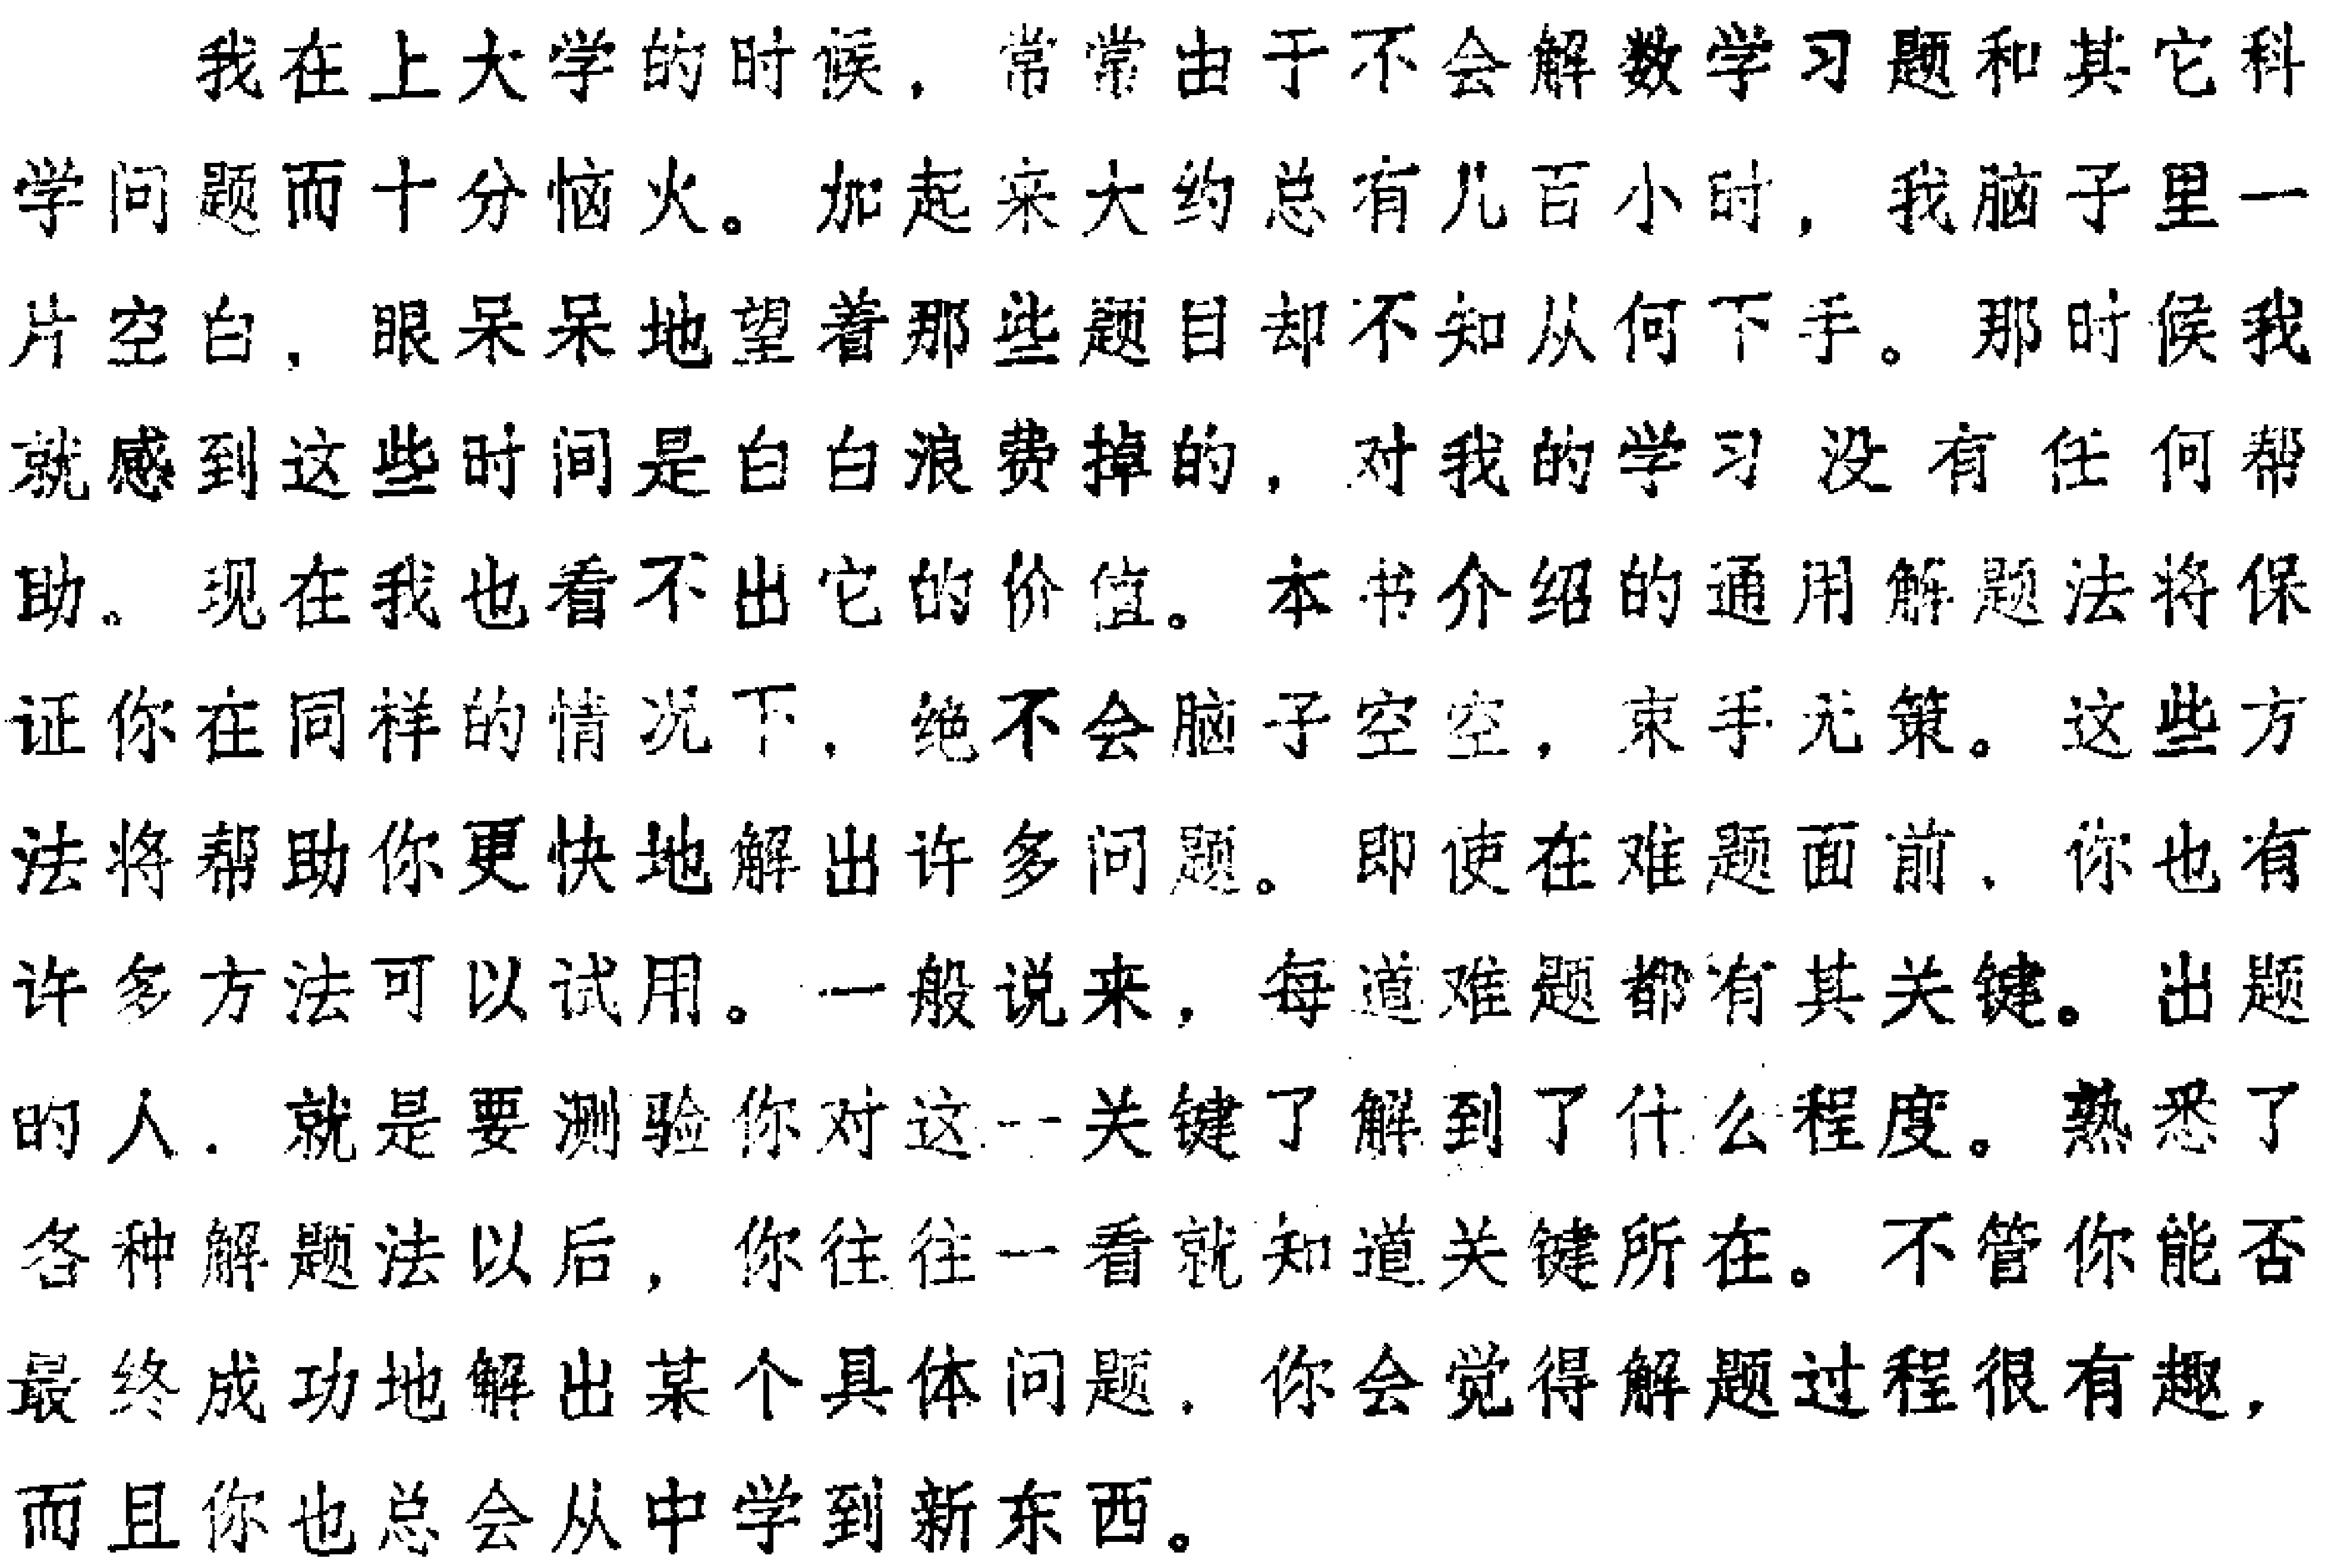
我在上大学的时候，常常由于不会解数学习题和其它科学问题而十分恼火。加起来大约总有几百小时，我脑子里一片空白，眼呆呆地望着那些题目却不知从何下手。那时候我就感到这些时间是白白浪费掉的，对我的学习没有任何帮助。现在我也看不出它的价值。本书介绍的通用解题法将保证你在同样的情况下，绝不会脑子空空，束手无策。这些方法将帮助你更快地解出许多问题。即使在难题面前，你也有许多方法可以试用。一般说来，每道难题都有其关键。出题的人，就是要测验你对这一关键了解到了什么程度。熟悉了各种解题法以后，你往往一看就知道关键所在。不管你能否最终成功地解出某个具体问题，你会觉得解题过程很有趣，而且你也总会从中学到新东西。